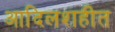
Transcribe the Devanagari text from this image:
आदिलशहीत